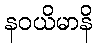
နဝယိမာနိ